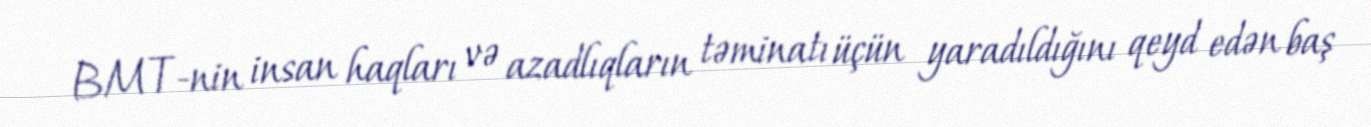
BMT-nin insan haqları və azadlıqların təminatı üçün yaradıldığını qeyd edən baş